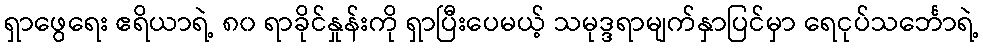
ရှာဖွေရေး ဧရိယာရဲ့ ၈၀ ရာခိုင်နှုန်းကို ရှာပြီးပေမယ့် သမုဒ္ဒရာမျက်နှာပြင်မှာ ရေငုပ်သင်္ဘောရဲ့